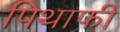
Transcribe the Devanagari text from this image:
पिथाफी